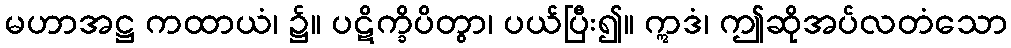
မဟာအဋ္ဌ ကထာယံ၊ ၌။ ပဋိက္ခိပိတွာ၊ ပယ်ပြီး၍။ ဣဒံ၊ ဤဆိုအပ်လတံသော